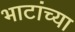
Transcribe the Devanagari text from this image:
भाटांच्या